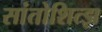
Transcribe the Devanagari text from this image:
सांतोशित्झ